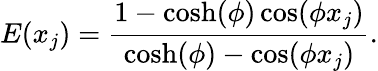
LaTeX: E(x_{j})=\frac{1-\cosh(\phi)\cos(\phi x_{j})}{\cosh(\phi)-\cos(\phi x_{j})}.